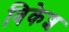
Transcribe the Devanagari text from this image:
विकेश